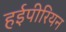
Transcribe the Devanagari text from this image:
हईपीरियन